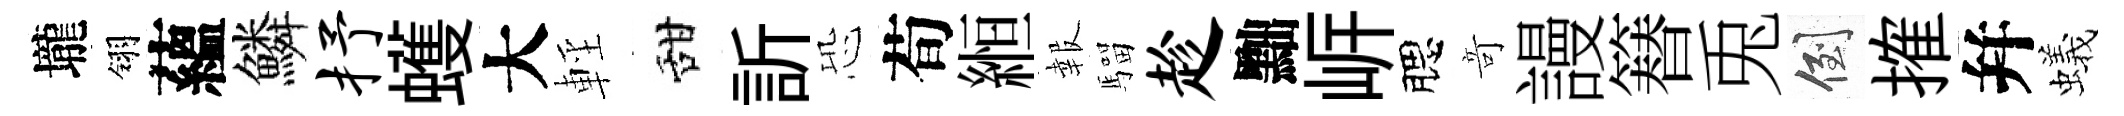
壠翎蘊鱗抒蠖大輕甜訢恐荀縆報騮趁黜㟁腮竒謾簮兎倒搉幷蟻